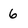
Character: 6